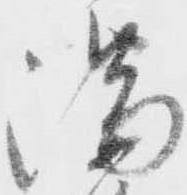
満